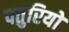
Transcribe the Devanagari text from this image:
पतुरियों